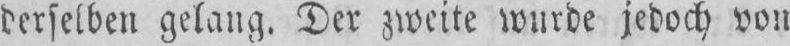
derselben gelang. Der zweite wurde jedoch von